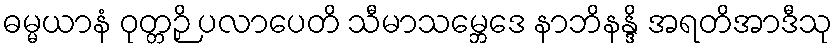
ဓမ္မယာနံ ဝုတ္တဉှိ ပလာပေတိ သီမာသမ္ဘေဒေ နာဘိနန္ဒိ အရတိအာဒီသု